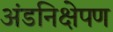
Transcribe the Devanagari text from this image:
अंडनिक्षेपण